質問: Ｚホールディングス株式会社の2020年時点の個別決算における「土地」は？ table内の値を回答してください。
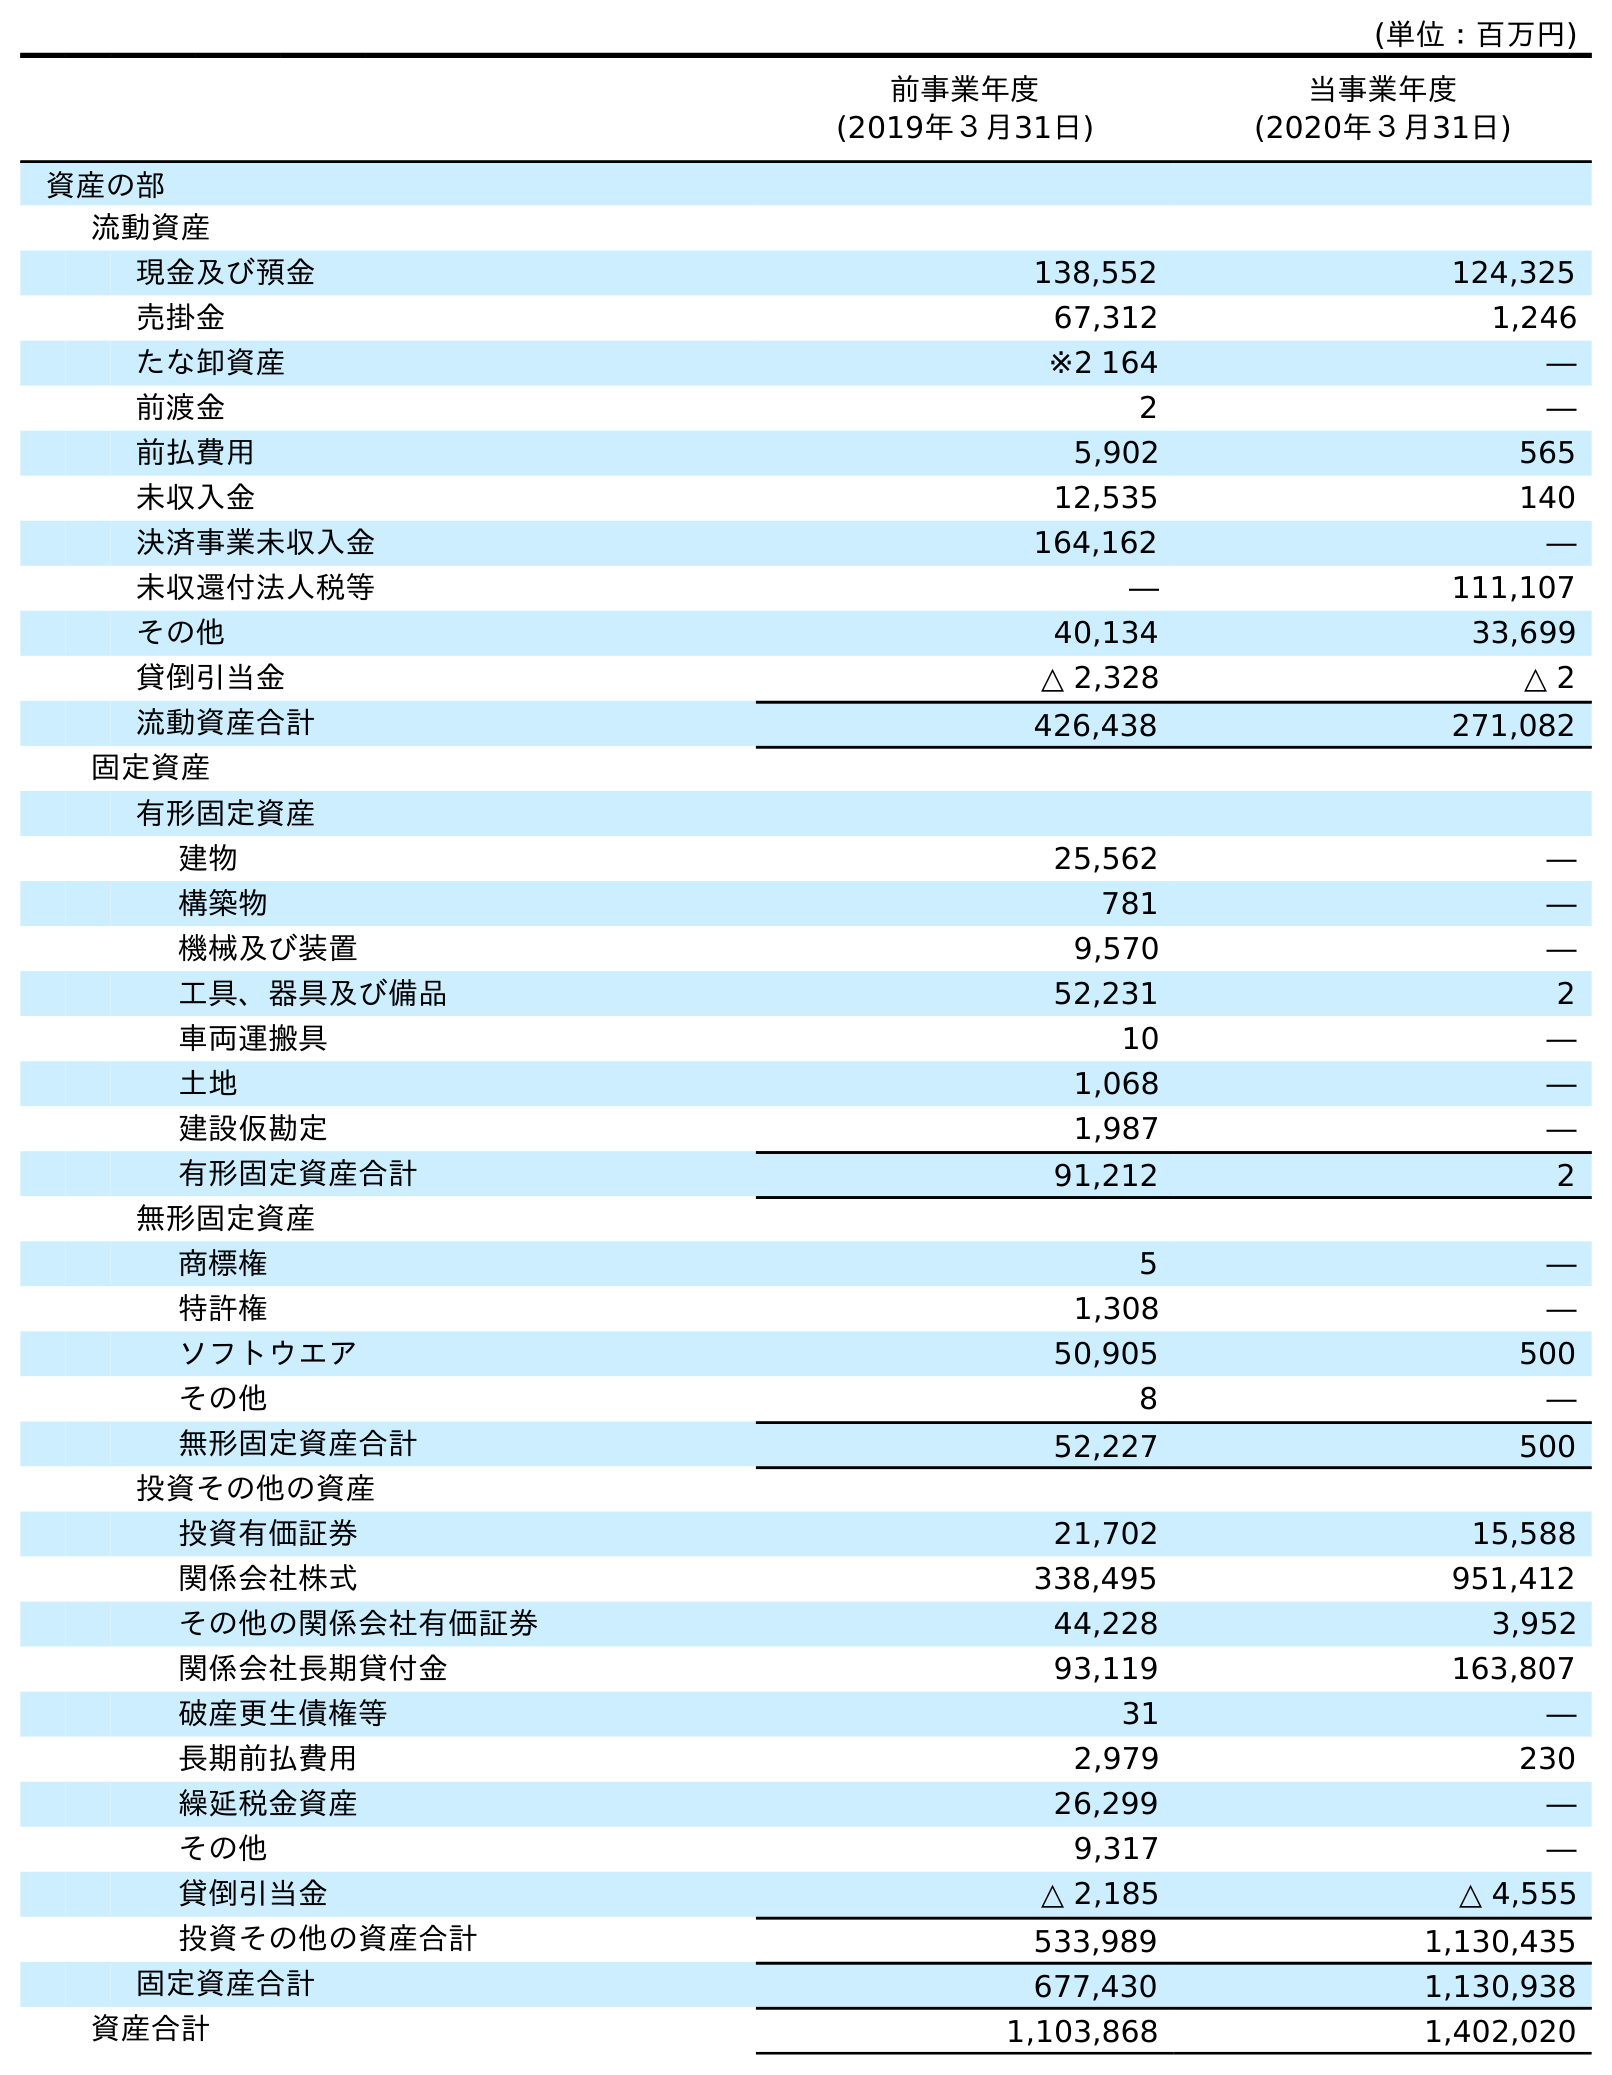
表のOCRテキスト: (単位：百万円) 前事業年度 (2019年３月31日) 当事業年度 (2020年３月31日) 資産の部 流動資産 現金及び預金 138,552 124,325 売掛金 67,312 1,246 たな卸資産 ※2 164 ― 前渡金 2 ― 前払費用 5,902 565 未収入金 12,535 140 決済事業未収入金 164,162 ― 未収還付法人税等 ― 111,107 その他 40,134 33,699 貸倒引当金 △ 2,328 △ 2 流動資産合計 426,438 271,082 固定資産 有形固定資産 建物 25,562 ― 構築物 781 ― 機械及び装置 9,570 ― 工具、器具及び備品 52,231 2 車両運搬具 10 ― 土地 1,068 ― 建設仮勘定 1,987 ― 有形固定資産合計 91,212 2 無形固定資産 商標権 5 ― 特許権 1,308 ― ソフトウエア 50,905 500 その他 8 ― 無形固定資産合計 52,227 500 投資その他の資産 投資有価証券 21,702 15,588 関係会社株式 338,495 951,412 その他の関係会社有価証券 44,228 3,952 関係会社長期貸付金 93,119 163,807 破産更生債権等 31 ― 長期前払費用 2,979 230 繰延税金資産 26,299 ― その他 9,317 ― 貸倒引当金 △ 2,185 △ 4,555 投資その他の資産合計 533,989 1,130,435 固定資産合計 677,430 1,130,938 資産合計 1,103,868 1,402,020
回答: ―